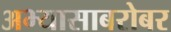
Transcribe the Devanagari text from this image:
अभ्यासाबरोबर